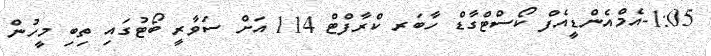
1:05-އެމްއެންޑީއެފް ކޯސްޓްގާޑް ހާބަރ ކްރާފްޓް 114 އަށް ސަވާރީ ބޯޓުގައި ތިބި މީހުން